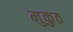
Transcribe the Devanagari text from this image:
मुकुठ